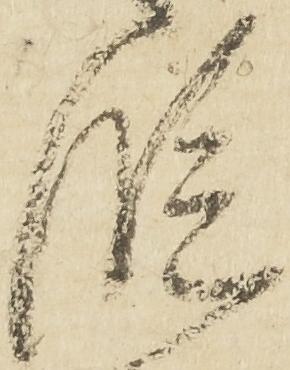
段